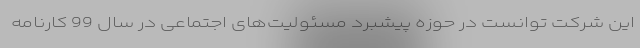
این شرکت توانست در حوزه پیشبرد مسئولیت‌های اجتماعی در سال 99 کارنامه